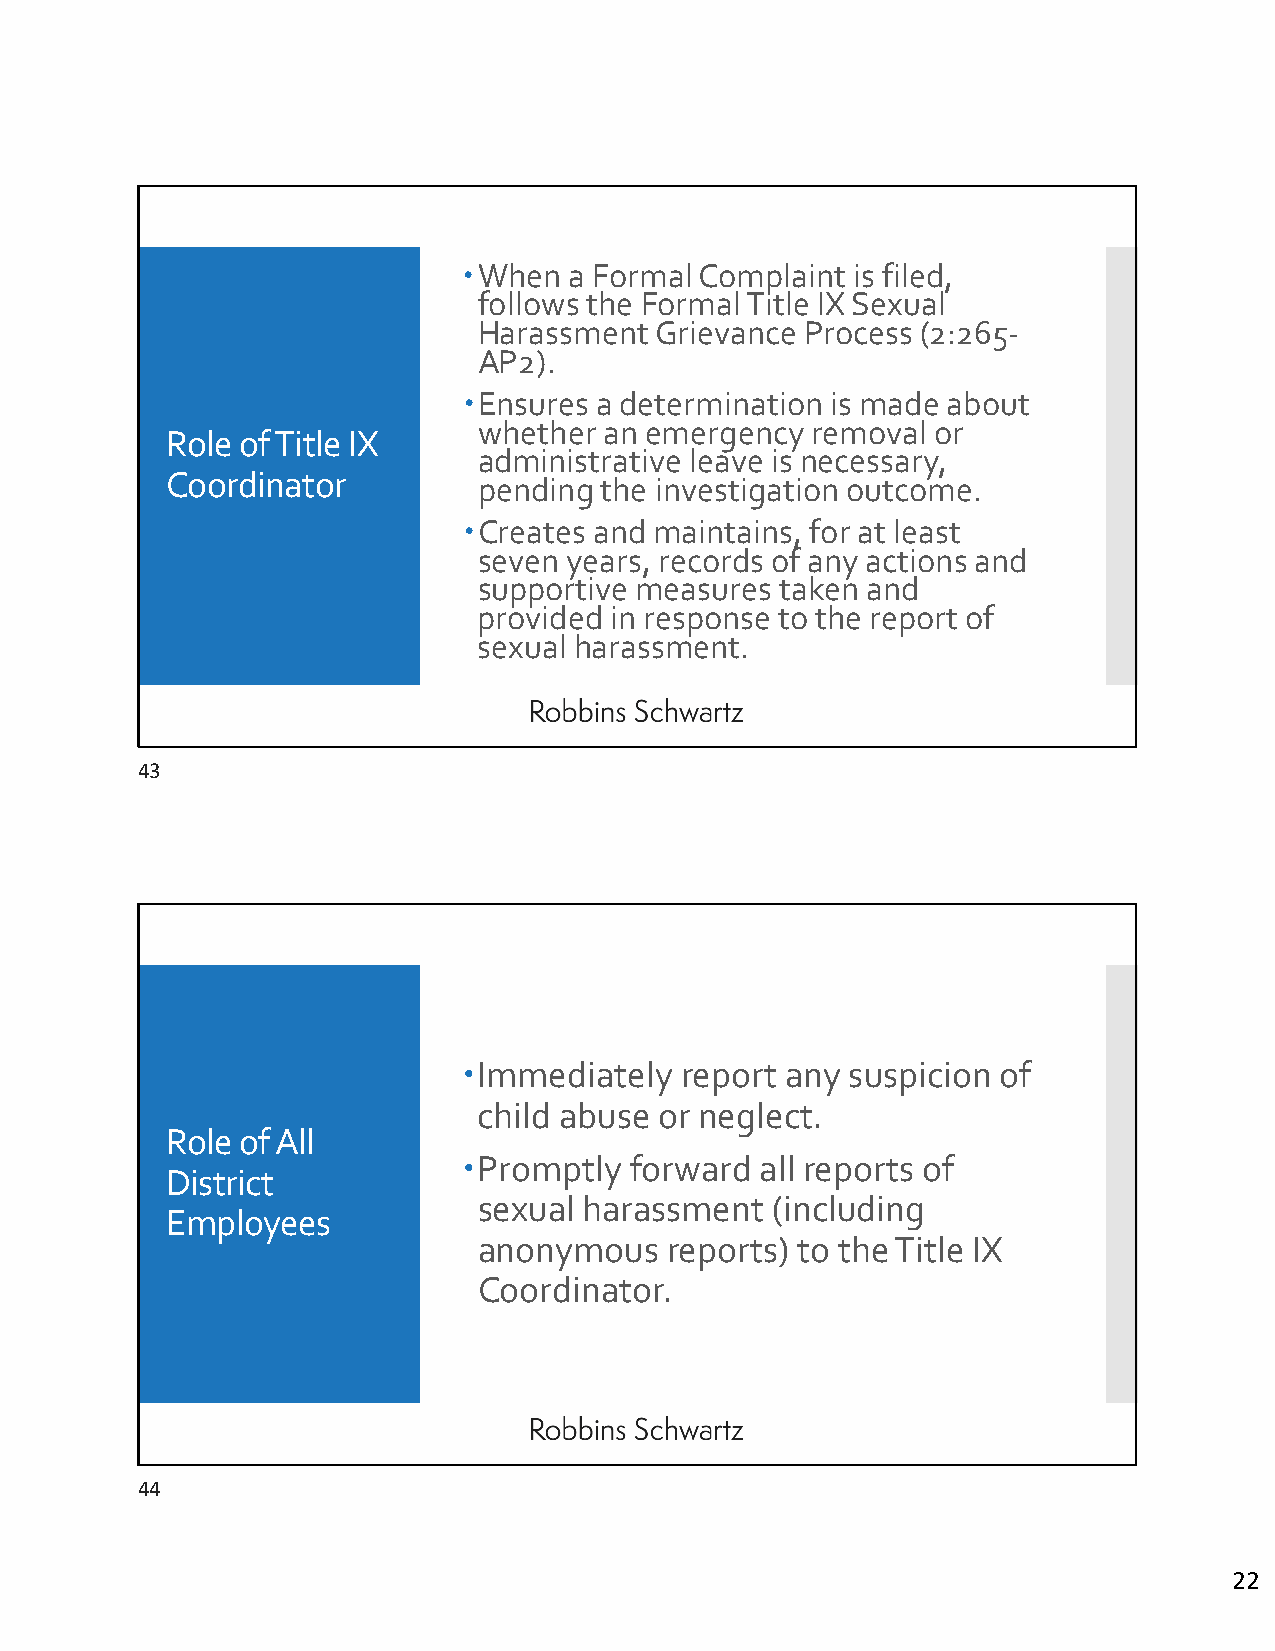
When  a Formal Complaint is filed,
 follows the Formal Title IX Sexual
 Harassment Grievance Process (2:265‐
 AP2).
 Ensures a determination is made about
 whether an emergency  removal or
 Role of Title IX
 administrative leave is necessary,
 Coordinator
 pending the investigation outcome.
 Creates and maintains, for at least
 seven years, records of any actions and
 supportive measures taken and
 provided in response to the report of
 sexual harassment.
 43
 Immediately  report any suspicion of
 child abuse or neglect.
 Role of All
 Promptly  forward all reports of
 District
 sexual harassment  (including
 Employees
 anonymous   reports) to the Title IX
 Coordinator.
 44
 22